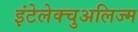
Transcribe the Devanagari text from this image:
इंटेलेक्चुअलिज्म